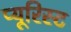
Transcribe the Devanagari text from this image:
प्यूरिस्ट